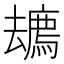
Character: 𱝎